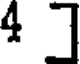
4 ]